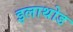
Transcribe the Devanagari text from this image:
इलाथोड